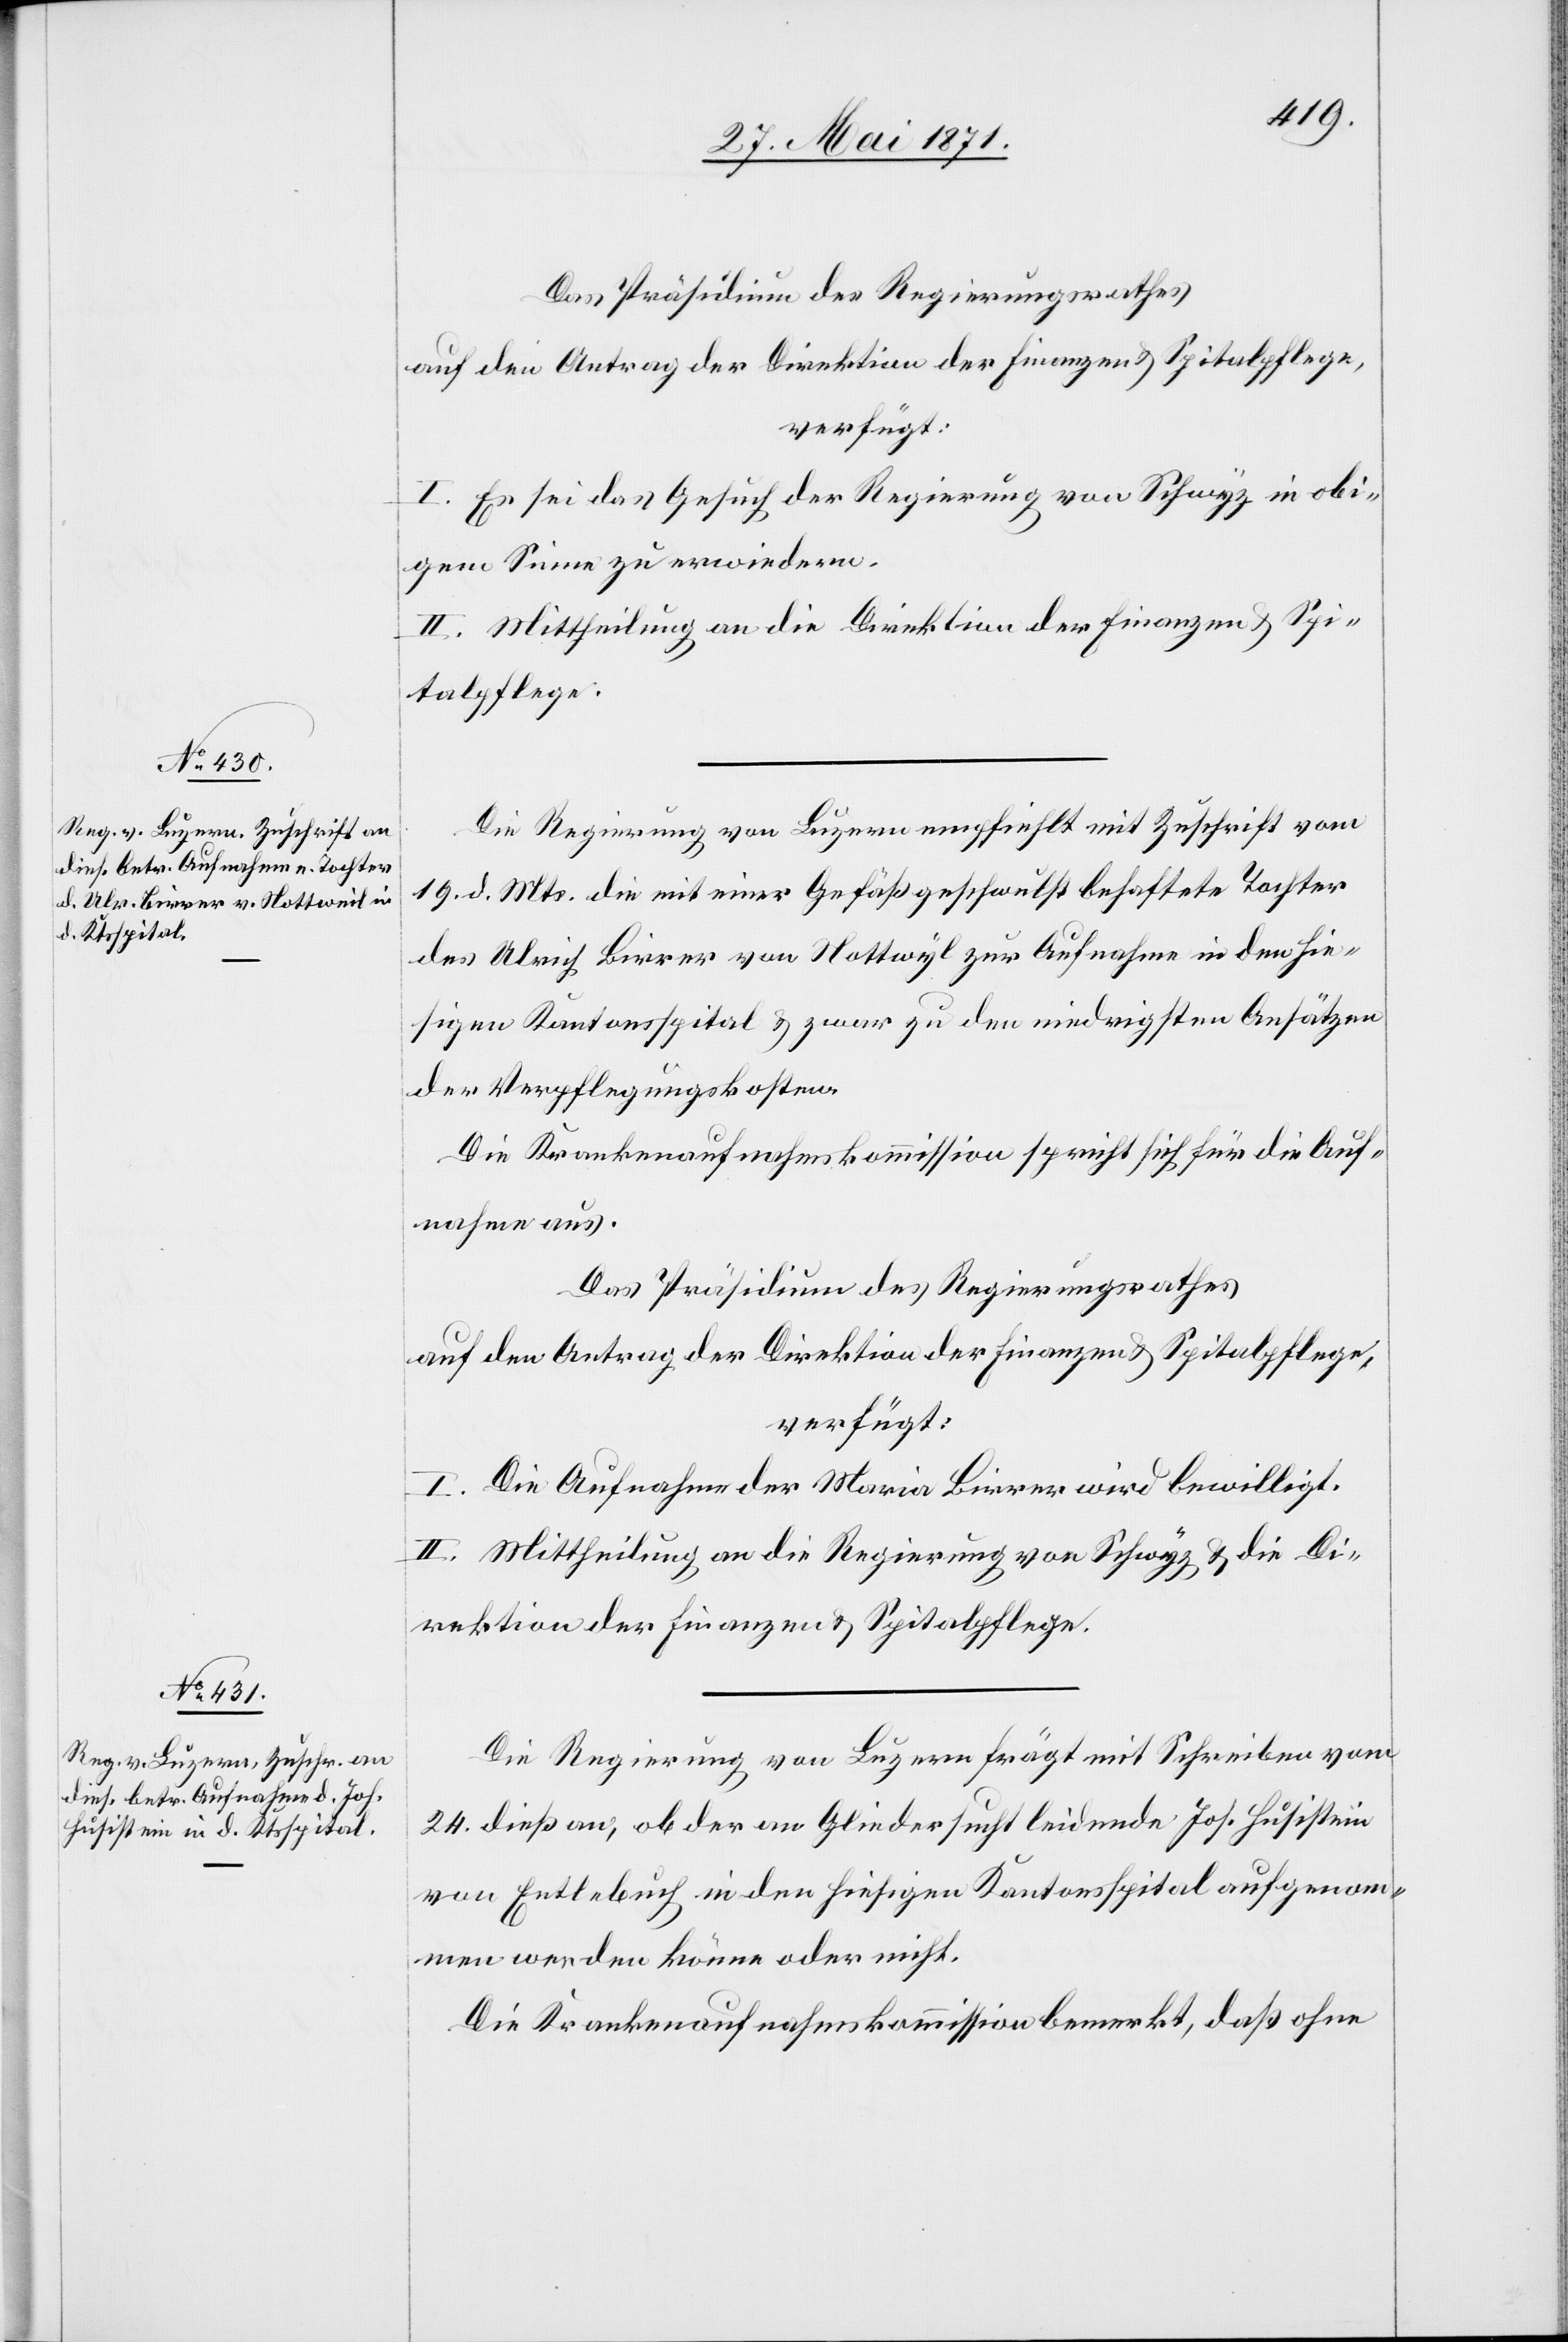
30. Mai 1871.]
I. Es sei das Gesuch der Regierung von Schwyz in obi¬
gem Sinne zu erwiedern.
II. Mittheilung an die Direktion der Finanzen u. Spi¬
talpflege.
Die Regierung von Luzern empfiehlt mit Zuschrift vom
19. d. Mts. die mit einer Gefäßgeschwulst behaftete Tochter
des Ulrich Birrer von Nottwyl [sic!] zur Aufnahme in den hie¬
sigen Kantonsspital u. zwar zu den niedrigsten Ansätzen
der Verpflegungskosten.
Die Krankenaufnahmskommission spricht sich für die Auf¬
nahme aus.
Das Präsidium des Regierungsrathes
auf den Antrag der Direktion der Finanzen u. Spitalpflege,
verfügt:
I. Die Aufnahme der Maria Birrer wird bewilligt.
II. Mittheilung an die Regierung von Schwyz u. die Di¬
rektion der Finanzen u. Spitalpflege.
Die Regierung von Luzern frägt mit Schreiben vom
24. dieß an, ob der an Gliedersucht leidende Jos. [sic!]
von Entlebuch in den hiesigen Kantonsspital aufgenom¬
men werden könne oder nicht.
Die Krankenaufnahmskommission bemerkt, daß ohne